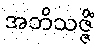
အဘိသဇ္ဇိံ